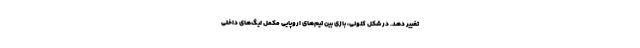
تغییر دهد. در شکل کنونی، بازی‌ بین تیم‌های اروپایی مکمل لیگ‌های داخلی